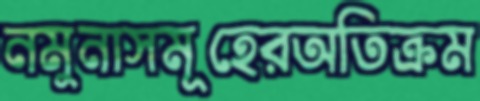
নমুনাসমূহেরঅতিক্রম